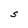
Character: S